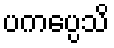
ပကပ္ပေသိ